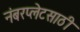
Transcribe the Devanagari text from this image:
नंबरप्लेटसाठी